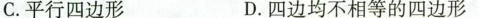
C.平行四边形 D.四边均不相等的四边形